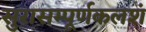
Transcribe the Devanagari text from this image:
सुरासम्पूर्णकलशं